Civil Veterinary Department. Madras. Admin. report 1910-25 - 1910-1925
Year: 1910
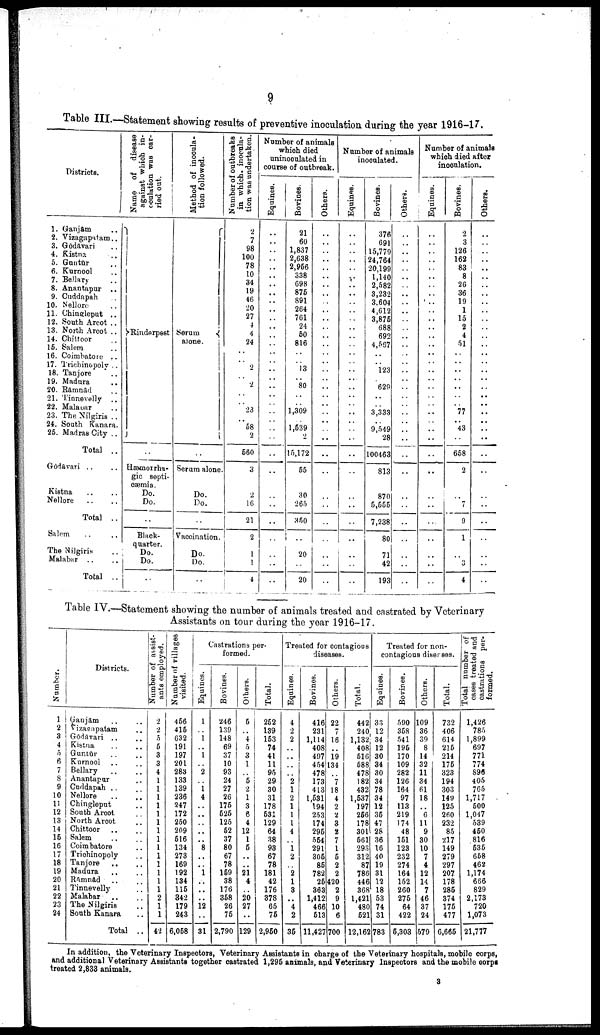
9
Table III.—Statement showing results of preventive inoculation during the year 1916-17.
Districts.
1. Ganjam ..
2. Vizagapatam ..
3. Godavari ..
4. Kistna ..
5. Guntur ..
6. Kurnool ..
7. Bellary ..
8. Anantapur ..
9. Cuddnpah ..
10. Nellore ..
11. Chingleput ..
12. South Arcot ..
13. North Arcot ..
14. Chittoor ..
16. Salem ..
16. Coimbatore ..
17. Trichinopoly ..
18. Tanjore ..
19. Madura ..
20. Ramnad ..
21. Tionevelly ..
22. Malaoar ..
23. The Nilgiris ..
24. South Kanara.
26. Madras City ..
Total ..
Godavari .. ..
Kistna .. ..
Nellore .. ..
Total ..
Salem .. ..
The Nilgiris ..
Malabar .. ..
Total ..
Name
of disease
against which in-
oculation
was car-
ried out.
Rinderpest
..
Hæmorrha-
gic septi-
cæmia.
Do.
Do.
..
Black-
quarter.
Do.
Do.
..
Method of inocula-
tion followed.
Serum
alone.
..
Serum alone
Do.
Do.
..
Vaccination.
Do.
Do.
..
Number of outbreaks
in which, inocula-
tion was undertaken.
2
7
98
100
78
10
34
19
46
20
27
4
4
24
..
..
2
..
2
..
..
23
..
58
2
560
3
2
16
21
2
1
1
4
Number of animals
which died
uninoculated in
course of outbreak.
Equines.
..
..
..
..
..
..
..
..
..
..
..
..
..
..
..
..
..
..
..
..
..
..
..
..
..
..
..
..
..
..
..
..
..
..
Bovines.
21
60
1,837
2,638
2,956
338
698
875
891
264
761
24
50
816
..
..
13
..
80
..
..
1,309
..
1,539
2
15,172
55
30
265
350
..
20
..
20
Others.
..
..
..
..
..
..
..
..
..
..
..
..
..
..
..
..
..
..
..
..
..
..
..
..
..
..
..
..
..
..
..
..
..
..
Number of animals
inoculated.
Equines.
..
..
..
..
..
..
..
..
..
..
..
..
..
..
..
..
..
..
..
..
..
..
..
..
..
..
..
..
..
..
..
..
..
..
Bovines.
376
691
15,779
24,764
20,199
1,140
2,582
3,232
3,604
4,612
3,875
688
692
4,567
..
..
123
..
629
..
..
3,333
..
9,549
28
100463
813
870
5,555
7,238
80
71
42
193
Others.
..
..
..
..
..
..
..
..
..
..
..
..
..
..
..
..
..
..
..
..
..
..
..
..
..
..
..
..
..
..
..
..
..
..
Number of animals
which died after
inoculation.
Equines.
..
..
..
..
..
..
..
..
..
..
..
..
..
..
..
..
..
..
..
..
..
..
..
..
..
..
..
..
..
..
..
..
..
..
Bovines.
2
3
126
162
83
8
26
36
19
1
15
2
4
51
..
..
..
..
..
..
..
77
..
43
..
658
2
..
7
9
1
..
..
4
Others.
..
..
..
..
..
..
..
..
..
..
..
..
..
..
..
..
..
..
..
..
..
..
..
..
..
..
..
..
..
..
..
..
..
..
Table IV.—Statement showing the number of animals treated and castrated by Veterinary
Assistants on tour during the year 1916-17.
Number.
1
2
3
4
5
6
7
8
9
10
11
12
13
14
15
16
17
18
19
20
21
22
23
24
Districts.
Ganjam .. ..
Vizagapatam ..
Godavari ..
..
Kistna .. ..
Guntur .. ..
Kurnool .. ..
Bellary .. ..
Anantapur ..
Cuddapah .. ..
Nellore
..
..
Chingleput ..
South Aroot ..
North Arcot ..
Chittoor .. ..
Salem .. ..
Coimbatore ..
Trichinopoly ..
Tanjore
.. ..
Madura .. ..
Ramnad .. ..
Tinnevelly ..
Malabar .. ..
The Nilgiris ..
South Kanara ..
Total ..
Number of assist-
ants employed.
2
2
5
5
3
3
4
1
1
1
1
1
1
1
1
1
1
1
1
1
1
2
1
1
42
Number of villages
visited.
456
415
632
191
197
201
283
133
139
236
247
172
250
209
516
134
273
169
192
134
115
342
179
243
6,058
Castrations per-
formed.
Equines.
1
..
1
..
1
..
2
..
1
4
..
..
..
..
..
8
..
..
1
..
..
..
12
..
31
Bovines.
246
139
148
69
37
10
93
24
27
26
175
525
125
52
37
80
67
78
159
38
176
358
26
75
2,790
Others.
5
..
4
5
3
1
..
5
2
1
3
6
4
12
1
5
..
..
21
4
..
20
27
..
129
Total.
252
139
153
74
41
11
95
29
30
31
178
531
129
64
38
98
67
78
181
42
176
378
65
75
2,950
Treated for contagious
diseases.
Equines.
4
2
2
..
..
..
..
2
1
2
1
1
1
4
..
1
2
..
2
1
8
..
4
2
35
Bovines.
416
231
1,114
408
497
454
478
173
413
1,581
194
253
174
295
554
291
305
85
782
25
363
1,412
466
513
11,427
Others.
22
7
16
..
19
134
..
7
18
4
2
2
3
2
7
1
5
2
2
420
2
9
10
6
700
Total.
442
240
1,132
408
516
588
478
182
432
1,537
197
256
178
301
561
293
312
87
786
446
368
1,421
480
521
12,162
Treated for non-
contagious diseases.
Equines.
33
12
34
12
30
34
30
34
78
34
12
36
47
28
36
16
40
19
31
12
18
53
74
31
783
Bovines.
590
358
541
195
170
109
282
126
164
97
113
219
174
48
151
123
232
274
164
152
260
275
64
422
5,303
Others.
109
36
39
8
14
32
11
34
61
18
..
6
11
9
30
10
7
4
12
14
7
46
37
24
579
Total.
732
406
614
215
214
175
323
194
303
149
125
260
232
85
217
149
279
297
207
178
285
374
175
477
6,665
Total number of
cases treated and
castrations per-
formed.
1,426
785
1,899
697
771
774
896
405
765
1,717
500
1,047
539
450
816
535
658
462
1,174
666
829
2,173
720
1,073
21,777
In addition, the Veterinary Inspectors, Veterinary Assistants in charge of the Veterinary hospitals, mobile corps,
and additional Veterinary Assistants together castrated 1,295 animals, and Veterinary Inspectors and the mobile corps
treated 2,833 animals.
3